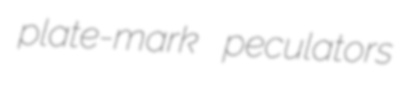
plate-mark peculators